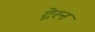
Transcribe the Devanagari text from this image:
ट्रेरन